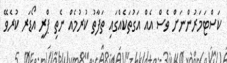
ކަސްޓަމަރުންނަށް ވެސް އެއް އަގުތަކެއްގައި ތަފާތު ކުރުމެއް ނެތި ޕްރީ އޯޑަރ ކުރެވޭ